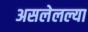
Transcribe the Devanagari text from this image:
असलेलल्या